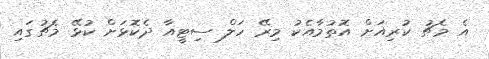
އެ މެޗު ކުރިއަށް އޮތުމާއެކު މިރޭ ހަލް ސިޓީއާ ދެކޮޅަށް ކުޅޭ މެޗުގައި